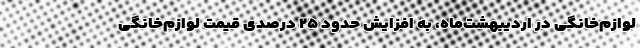
لوازم‌خانگی در اردیبهشت‌ماه، به افزایش حدود ۲۵ درصدی قیمت لوازم‌خانگی